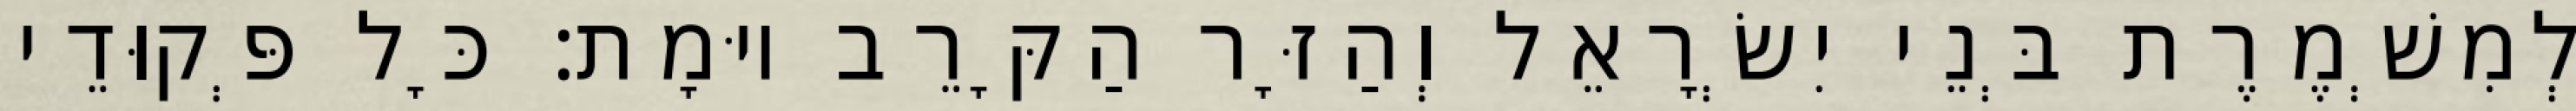
לְמִשְׁמֶרֶת בְּנֵי יִשְׂרָאֵל וְהַזָּר הַקָּרֵב יוּמָת׃ כָּל פְּקוּדֵי